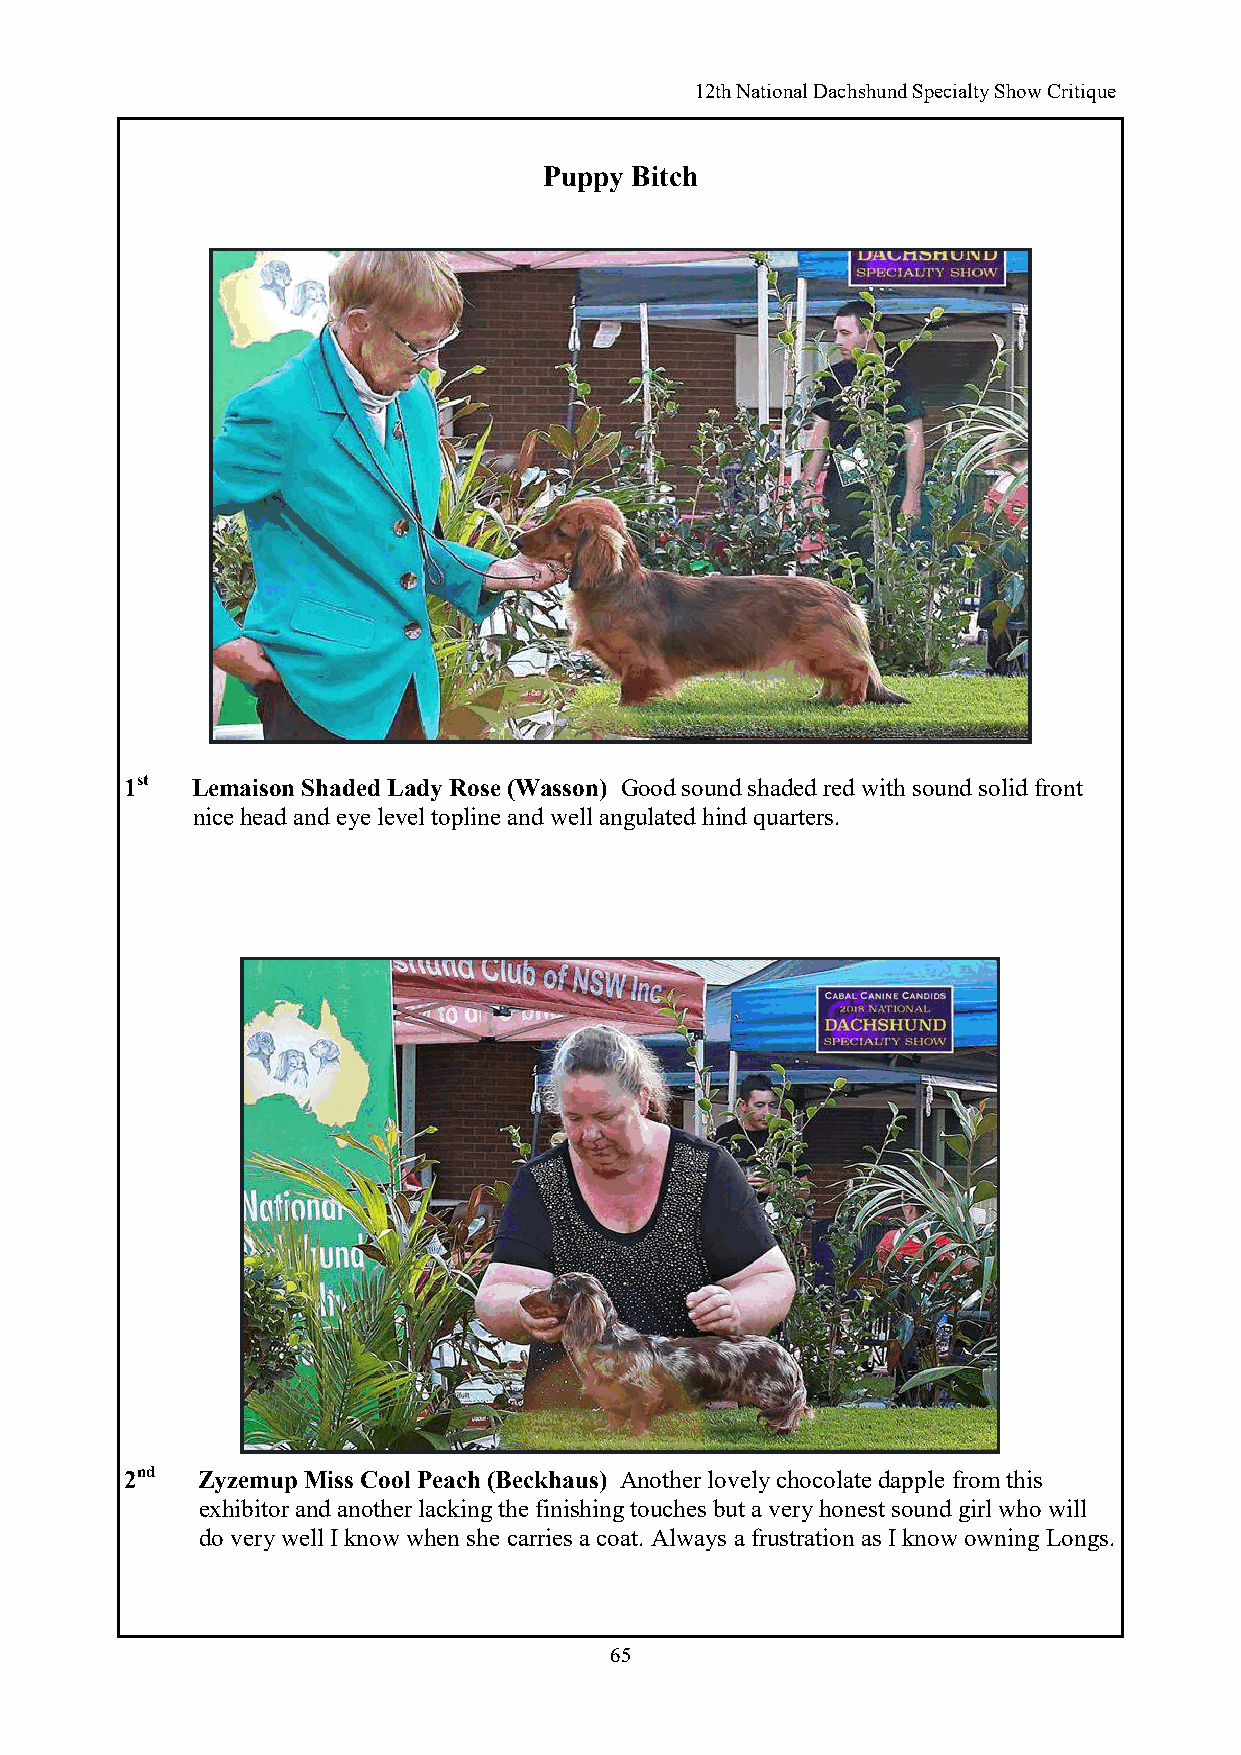
12th National Dachshund Specialty Show Critique
 Puppy Bitch
 1st  Lemaison Shaded Lady Rose (Wasson) Good sound shaded red with sound solid front
 nice head and eye level topline and well angulated hind quarters.
 2nd  Zyzemup Miss Cool Peach (Beckhaus) Another lovely chocolate dapple from this
 exhibitor and another lacking the finishing touches but a very honest sound girl who will
 do very well I know when she carries a coat. Always a frustration as I know owning Longs.
 65